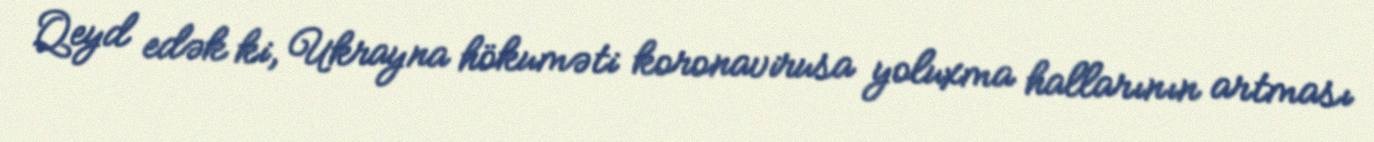
Qeyd edək ki, Ukrayna hökuməti koronavirusa yoluxma hallarının artması